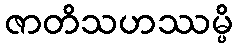
ဇာတိသဟဿမ္ပိ